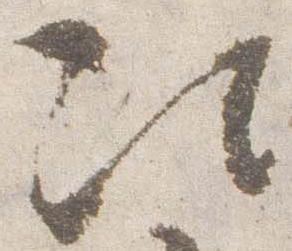
次